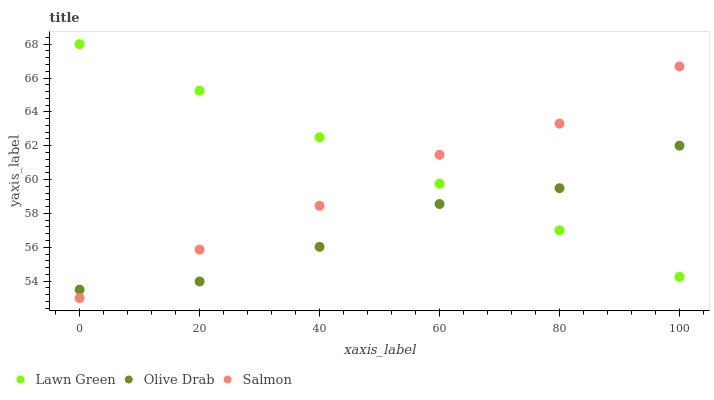
| xaxis_label | Lawn Green | Olive Drab | Salmon |
 | --- | --- | --- | --- |
 | 0 | 68 | 53.5 | 53 |
 | 20 | 65.3 | 54 | 55.9 |
 | 40 | 62.5 | 56 | 58.4 |
 | 60 | 59.8 | 58.6 | 61.5 |
 | 80 | 57 | 59.5 | 63.3 |
 | 100 | 54.3 | 62 | 66.7 |